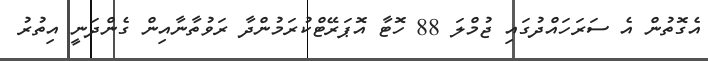
އެގޮތުން އެ ސަރަހައްދުގައި ޖުމްލަ 88 ހޮޓާ އޮޕަރޭޓްކުރަމުންދާ ރަވުތާނާއިން ގެންދަނީ އިތުރު